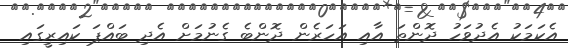
އެކަމަކު އެދުވަހު ދޮންތަ އާއި އަހަރެން ދޮންބެ ގެނުމަށް އެދި ބައްޕަ ކައިރީގައި